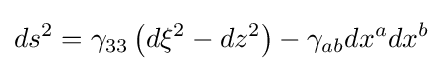
ds^{2}=\gamma _{33}\left(d\xi ^{2}-dz^{2}\right)-\gamma _{ab}dx^{a}dx^{b}